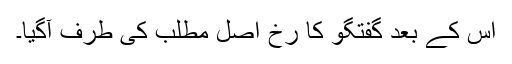
اس کے بعد گفتگو کا رخ اصل مطلب کی طرف آگیا۔